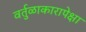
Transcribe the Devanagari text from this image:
वर्तुळाकारापेक्षा